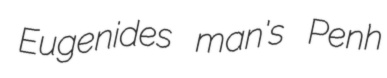
Eugenides man's Penh